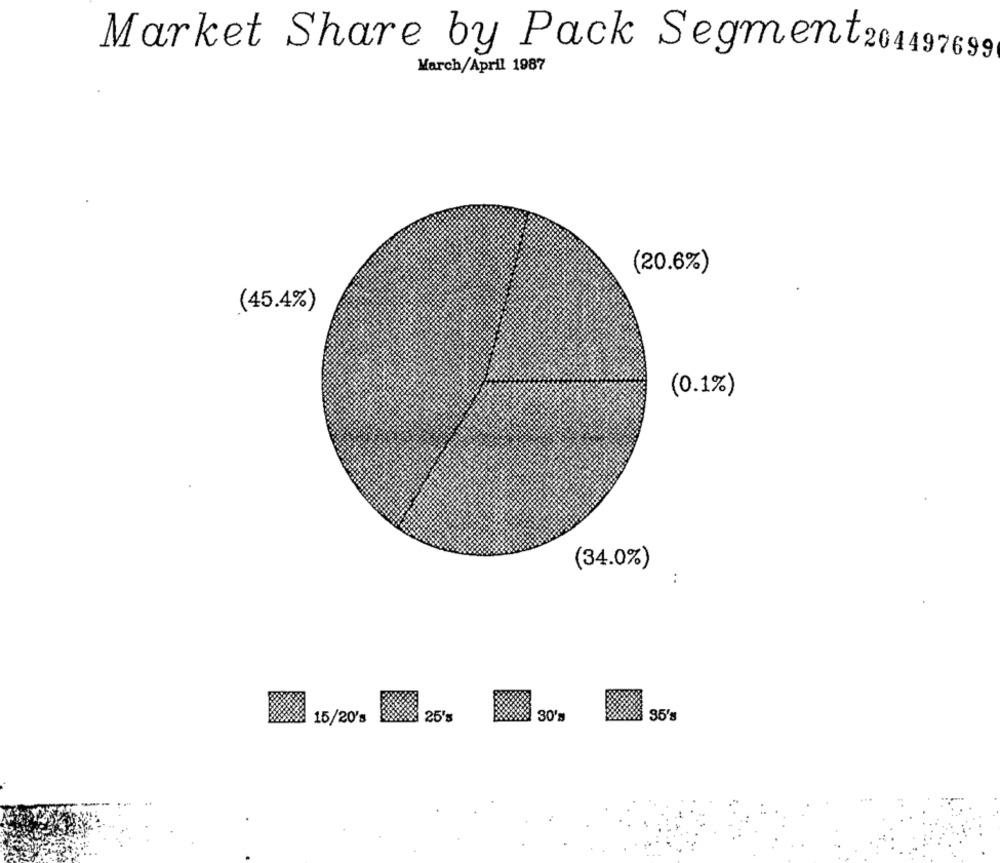
Market Share by Pack Segment204497699
March/April 1987
(20.6%)
(45.4%)
(0.1%)
(34.0%)
:
25's
30'
35's
15/20's